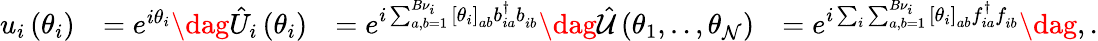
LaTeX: \begin{array}{rlrl}{u_{i}\left(\theta_{i}\right)}&{=e^{i\theta_{i}}\dag\hat{U}_{i}\left(\theta_{i}\right)}&{=e^{i\sum_{a,b=1}^{B{\nu}_{i}}\left[\theta_{i}\right]_{ab}b_{ia}^{\dagger}b_{ib}^{\phantom{\dagger}}}\dag\hat{\mathcal{U}}\left(\theta_{1},..,\theta_{\mathcal{N}}\right)}&{=e^{i\sum_{i}\sum_{a,b=1}^{B{\nu}_{i}}\left[\theta_{i}\right]_{ab}f_{ia}^{\dagger}f_{ib}^{\phantom{\dagger}}}\dag,.}\end{array}